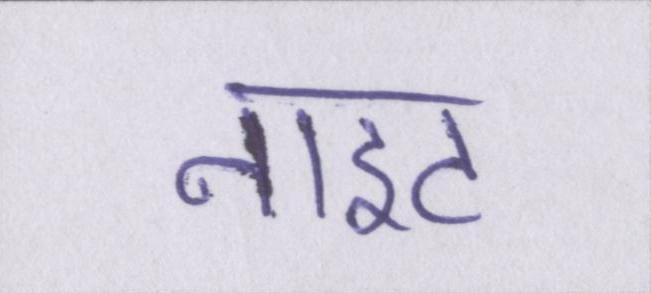
नाइट